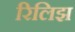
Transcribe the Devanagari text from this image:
रिलिझ